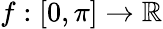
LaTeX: f:[0,\pi]\to\mathbb{R}